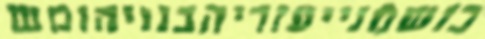
בושמנייעזריהבנויהומש